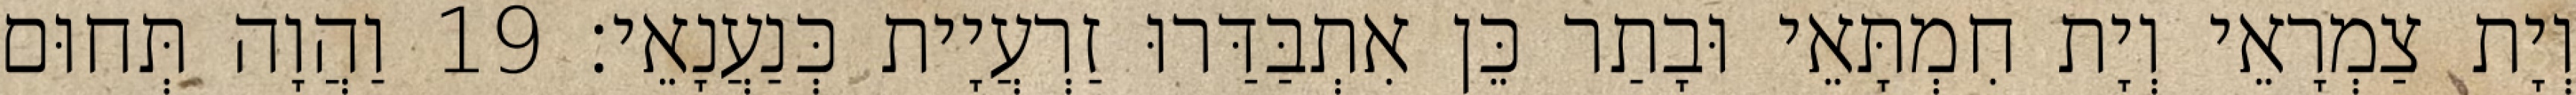
וְיָת צַמְרָאֵי וְיָת חִמְתָּאֵי וּבָתַר כֵּן אִתְבַּדַּרוּ זַרְעֲיָית כְּנַעֲנָאֵי׃ 19 וַהֲוָה תְּחוּם